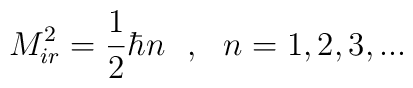
M_{ir}^{2} = \frac{1}{2} \hbar n ~~,~~ n = 1,2,3,...